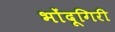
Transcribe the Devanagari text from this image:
भोंदूगिरी